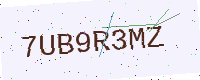
Text: 7UB9R3MZ